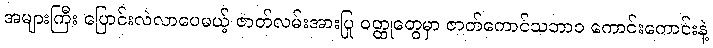
အများကြီး ပြောင်းလဲလာပေမယ့် ဇာတ်လမ်းအားပြု ဝတ္ထုတွေမှာ ဇာတ်ကောင်သဘာဝ ကောင်းကောင်းနဲ့